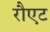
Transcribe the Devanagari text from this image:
रौएट